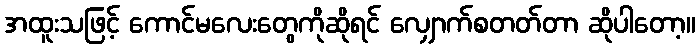
အထူးသဖြင့် ကောင်မလေးတွေကိုဆိုရင် လျှောက်စတတ်တာ ဆိုပါတော့။